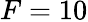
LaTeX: F=10